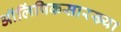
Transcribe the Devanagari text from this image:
ऑलिंपिकसारख्या